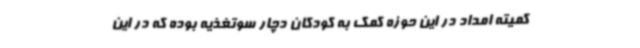
کمیته امداد در این حوزه کمک به کودکان دچار سوتغذیه بوده که در این